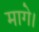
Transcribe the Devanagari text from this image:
मागे।